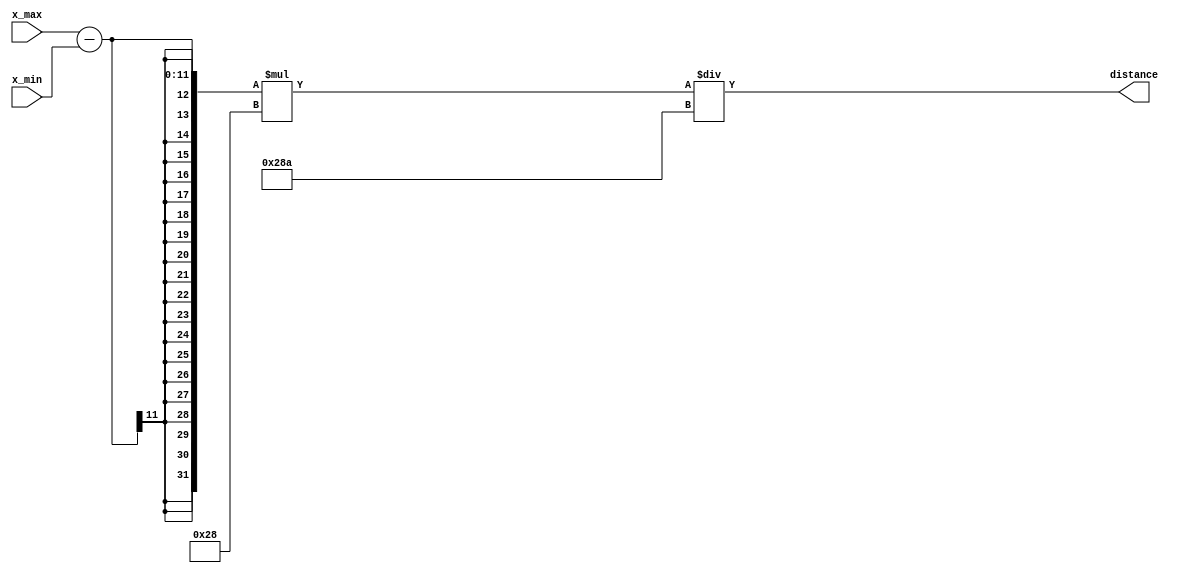
module dis_measure (
input [10:0] x_max,x_min,
output[31:0] distance
);

parameter focal = 650;
//decleration
//distance / actual width = pixel width / focal distance;
assign distance = (x_max-x_min)*40/focal;


endmodule